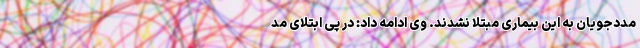
مددجویان به این بیماری مبتلا نشدند. وی ادامه داد: در پی ابتلای مد